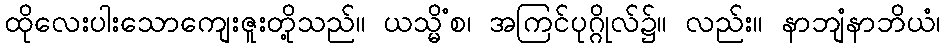
ထိုလေးပါးသောကျေးဇူးတို့သည်။ ယသ္မိံစ၊ အကြင်ပုဂ္ဂိုလ်၌။ လည်း။ နာဘျံနာဘိယံ၊